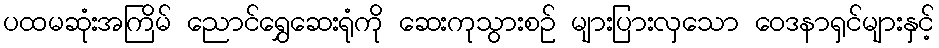
ပထမဆုံးအကြိမ် ညောင်ရွှေဆေးရုံကို ဆေးကုသွားစဉ် များပြားလှသော ဝေဒနာရှင်များနှင့်